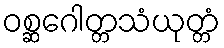
ဝစ္ဆဂေါတ္တသံယုတ္တံ